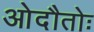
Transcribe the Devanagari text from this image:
ओदौतोः